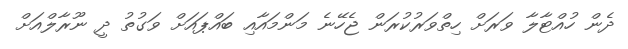
ދެން ހުއްޓާލާ ވަރަށް ހިތްވަރުކުރަން ޖެހޭނެ މަންމައާއި ބައްޕައަށް ވަގުތު ދީ ނޫރާލްއަށް